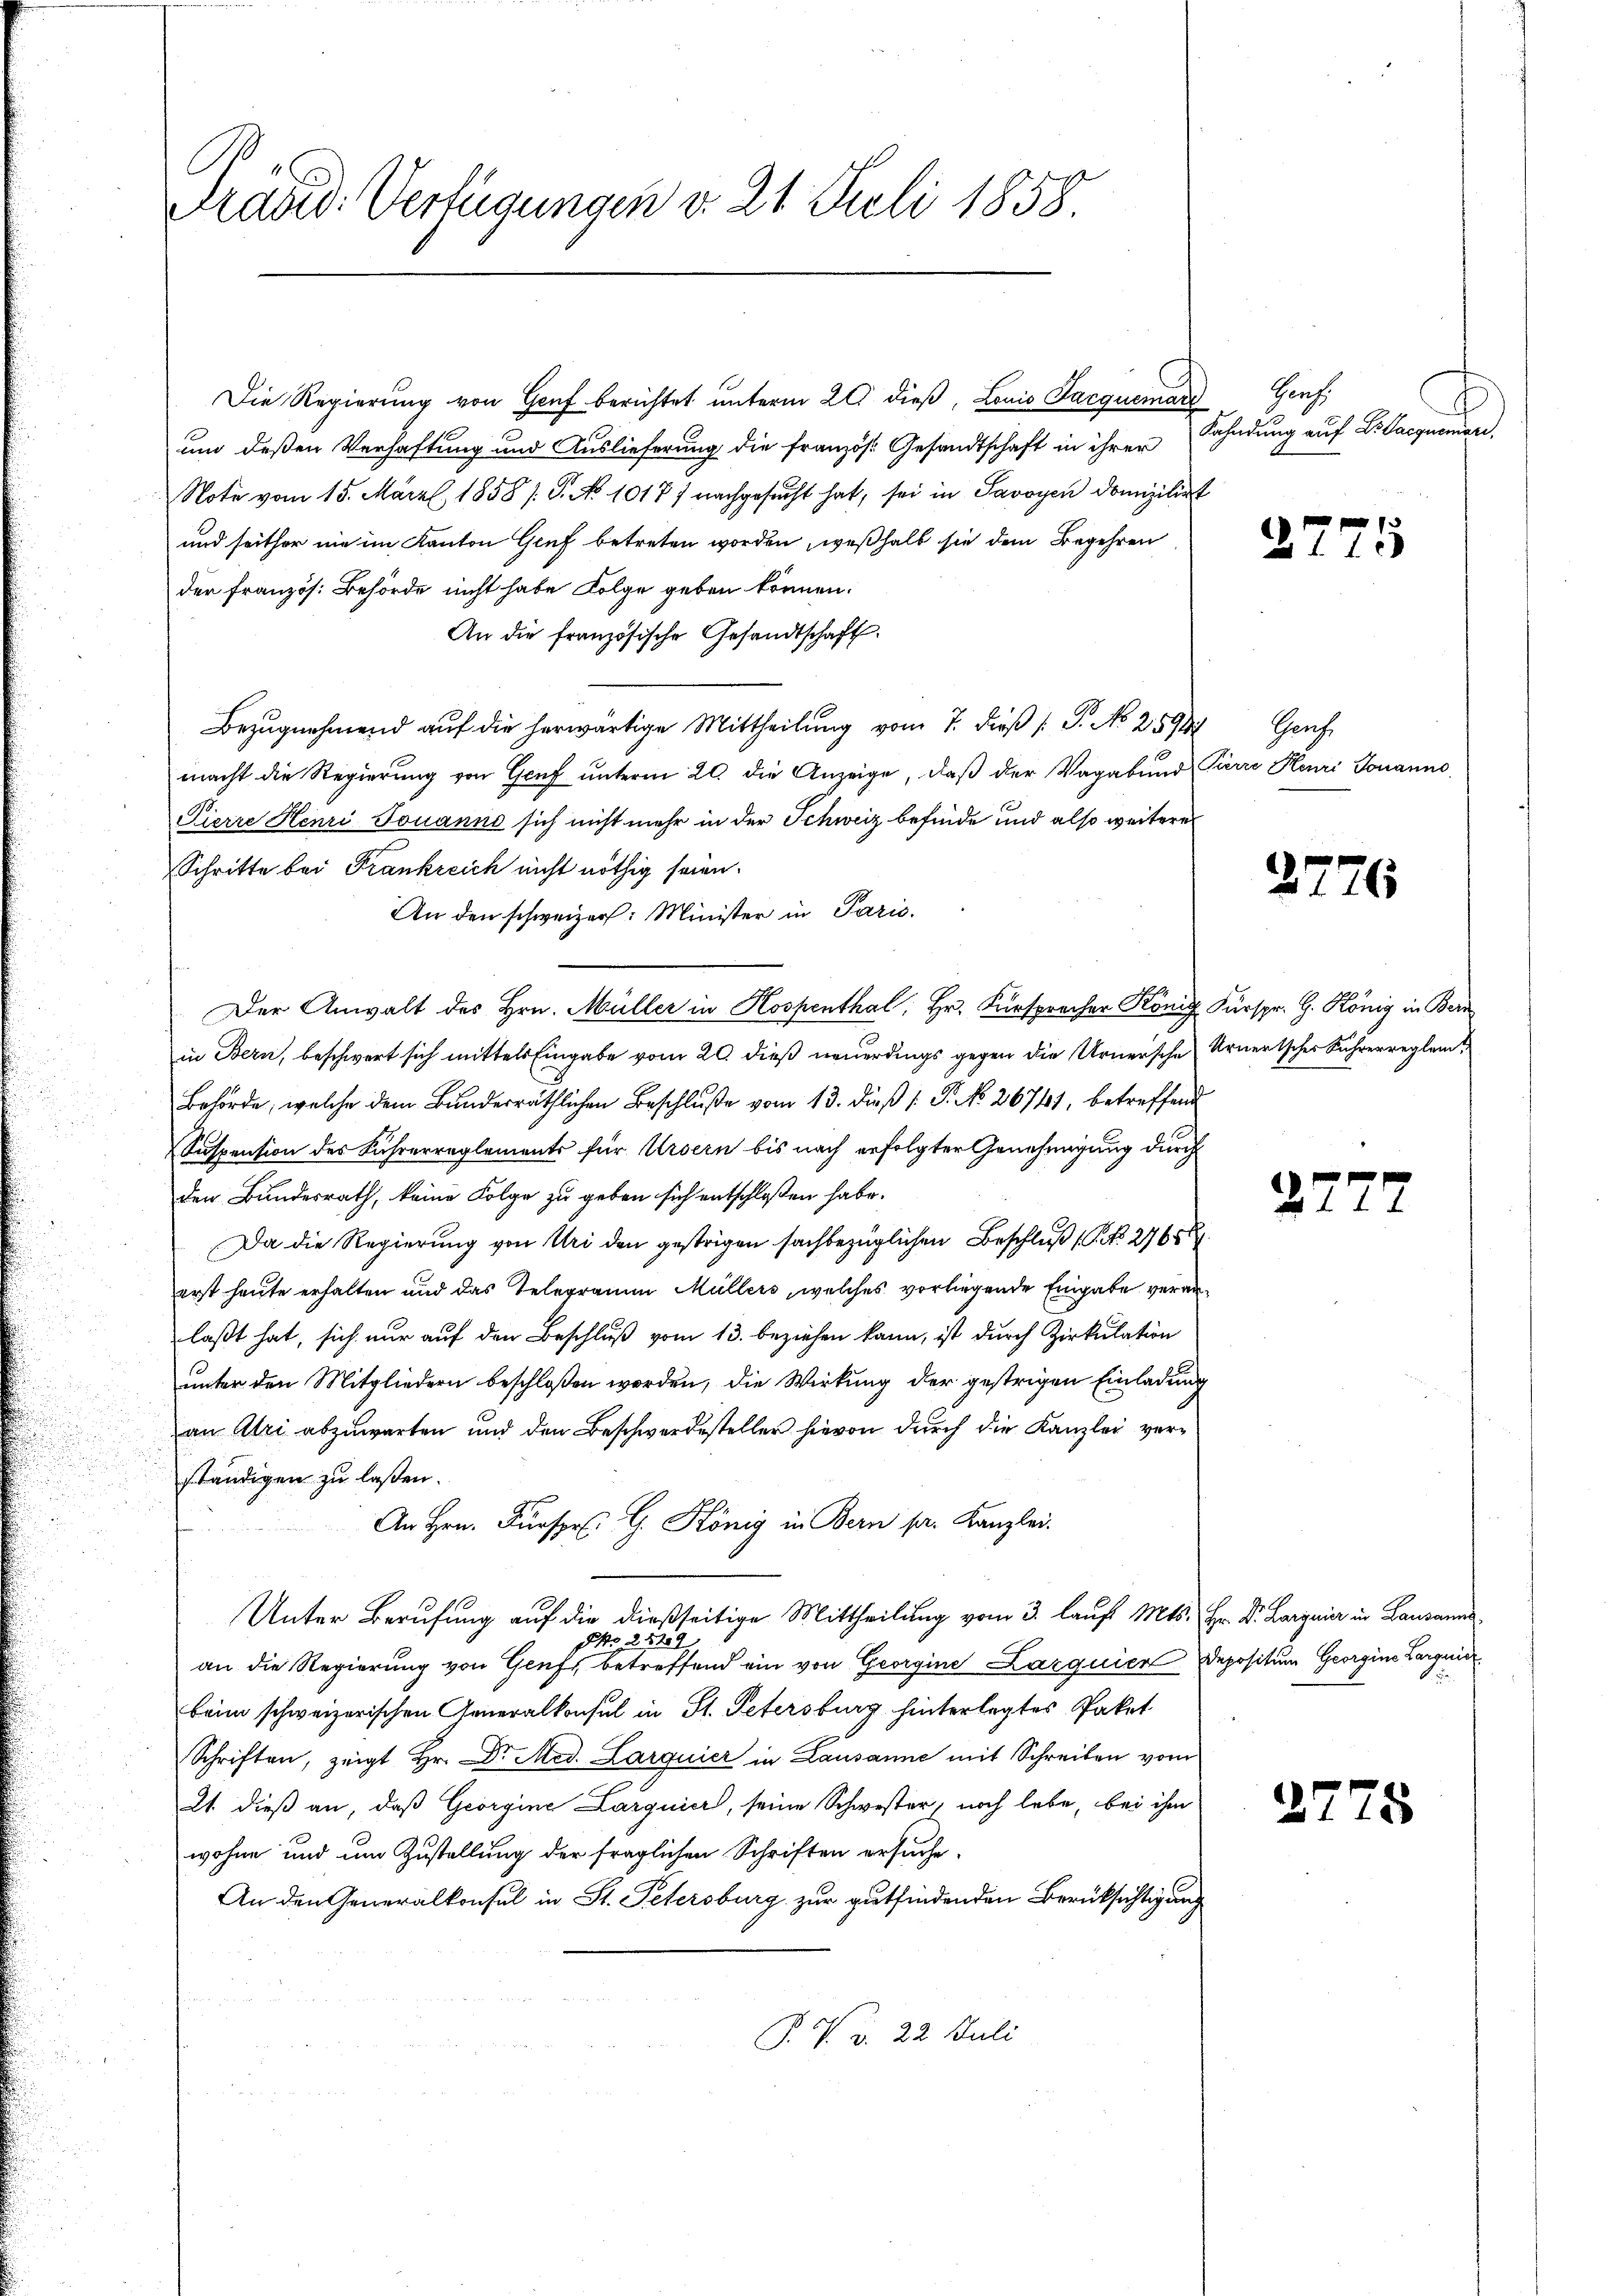
Präsid. Verfügungen d. 21. Juli 1858.

Die Regierung von Genf berichtet unterm 20. dieβ, Louis Jacquemar Genf,
um deßen Verhaftung und Auslieferung die französ. Gesandtschaft in ihrer
Note vom 15. März 1858 / G. No 1017 f nachgesucht hat, sei in Savoyen domizilir
und seither nie im Kanton Genf betreten worden, weßhalb sie dem Begehren
der Französ. Behörde nicht habe Folge geben können.
An die französische Gesandtschaft
Bezugnahmend auf die herwärtige Mittheilung vom 7. dieß (: P. No 259
macht die Regierung von Genf unterm 20. die Anzeige, daß der Vagabund
Pierre Henri Touanno sich nicht mehr in der Schweiz befinde und also weitere
Schritte bei Frankreich nicht nöthig seien.
An den schweizer: Minister in Paris.
Der Anwalt des Hrn. Müller in Kospenthal, Hr. Fürspracher König Fürspr. G. König in Bern
in Bern, beschwert sich mittels Eingabe vom 20. dieß neuerdings gegen die Urnersche Urnerisches Rührerreglem
Behörde, welche dem Bundesräthlichen Beschluße vom 13. dieß ( P. No. 26761, betreffene
Suspension des Führerreglements für Ursern bis nach erfolgter Genehmigung durch
den Bundesrath, keine Folge zu geben sich entschlossen habe.
Da die Regierung von Uri den gestrigen sachbezüglichen Beschluß (S. 27651
erst heute erhalten und das Telerrain Müllers, welches vorliegende Eingabe veranlaßt hat, sich nur auf den Beschluß vom 13. beziehen kann, ist durch Zirkulation
unter den Mitgliedern beschloßen worden, die Wirkung der gestrigen Einladung
an Alri abzuwarten und den Beschwerdesteller hievon durch die Kanzlei verständigen zu lassen.
An Hrn. Fürspr. G. König in Bern pr. Kanzlei.
Unter Berufung auf die dießseitige Mittheilung vom 3. lauf Mts.
Pr. 22129
an die Regierung von Genf, betreffend ein von Georgine Karquier
beim schweizerischen Generalkonsul in St. Petersburg hinterlegtes Paket
Schriften, zeigt Hr. Dr. Med. Larguier in Lausanne mit Schreiben vom
21. dieß an, daß Georgine Larguier, seine Schwester, noch lebe, bei ihm
wohne und um Zustellung der fraglichen Schriften ersuche.
An den Generalkonsul in St. Petersburg zur gutfindenden Berücksichtigung
P. V. d. 22. Juli

Kahndung auf Dr. Jacquemari,

27

3 Genf
Pierre Henri Johanno

2776

27

27

1

Hr. Dr. Largeiz in Lausann
Depositum Georgine Largnis
u

75